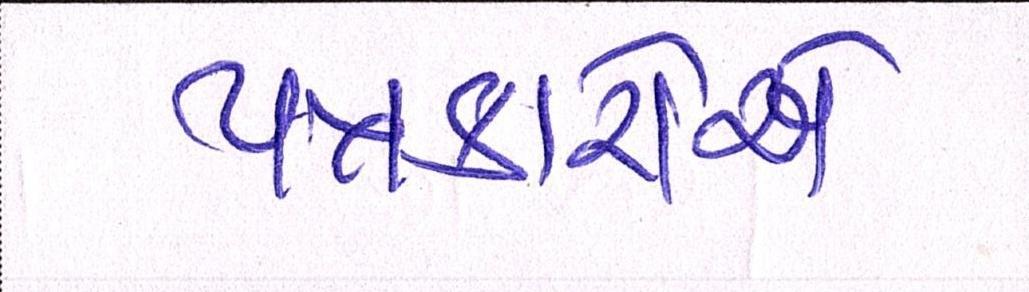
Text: પત્રકારોએ